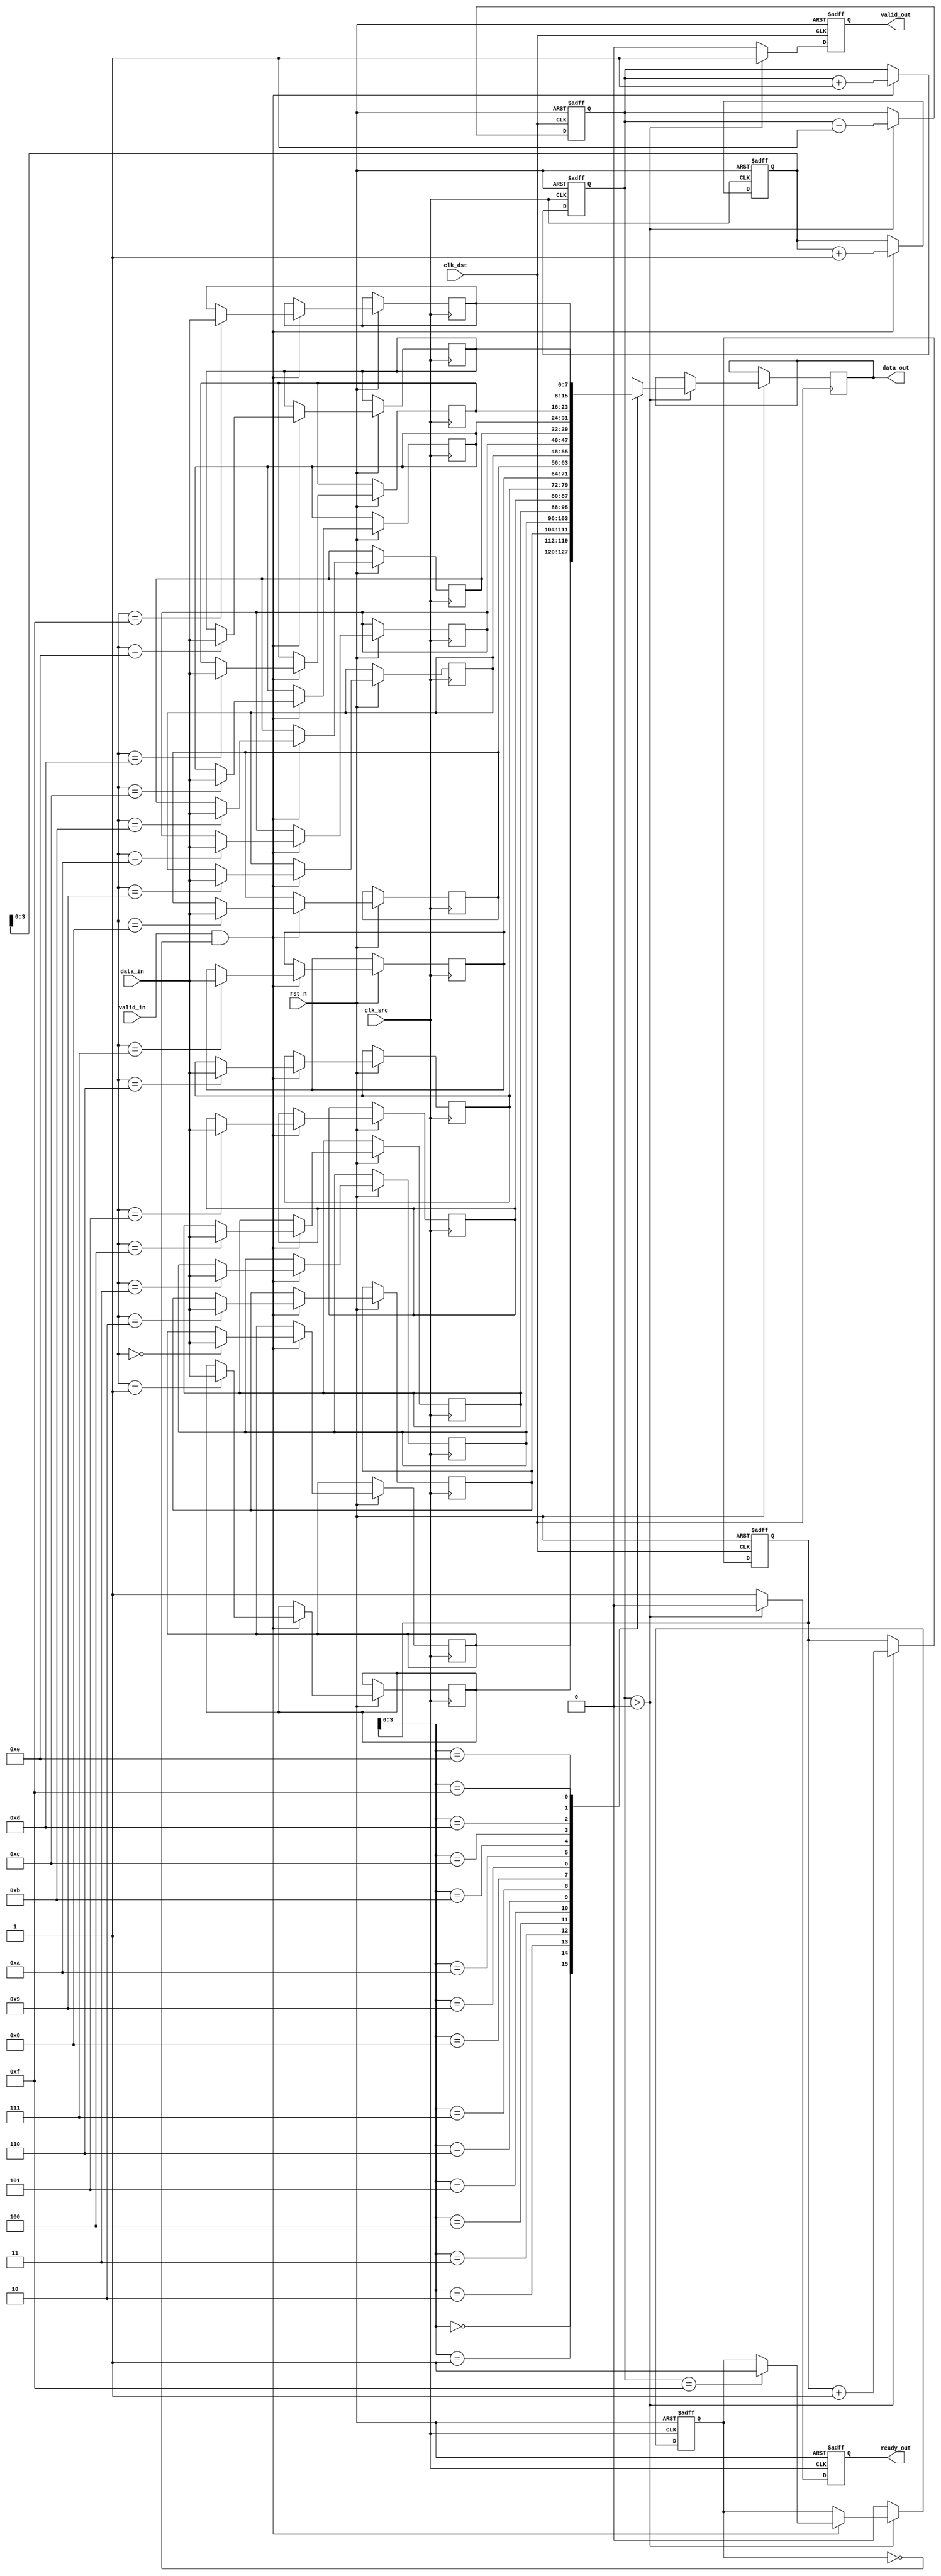
module burst_mode_synchronizer #(
    parameter DATA_WIDTH = 8,
    parameter FIFO_DEPTH = 16
)(
    input wire clk_src,                // Source clock (faster)
    input wire clk_dst,                // Destination clock (slower)
    input wire rst_n,                  // Asynchronous reset (active low)
    input wire [DATA_WIDTH-1:0] data_in,  // Data input from source clock domain
    input wire valid_in,               // Data valid signal from source clock domain
    output reg [DATA_WIDTH-1:0] data_out, // Data output to destination clock domain
    output reg valid_out,              // Data valid signal for destination clock domain
    output reg ready_out               // Ready signal for source clock domain
);

    // FIFO Buffer
    reg [DATA_WIDTH-1:0] fifo [0:FIFO_DEPTH-1];
    reg [4:0] write_ptr;               // Write pointer
    reg [4:0] read_ptr;                // Read pointer
    reg [4:0] fifo_count;              // Number of items in FIFO

    // Handshaking signals
    reg data_ready;                    // Data ready signal for destination clock domain
    reg fifo_full;                     // FIFO full flag
    reg fifo_empty;                    // FIFO empty flag

    // Asynchronous reset and FIFO management in source clock domain
    always @(posedge clk_src or negedge rst_n) begin
        if (!rst_n) begin
            write_ptr <= 0;
            fifo_count <= 0;
            ready_out <= 1; // Initially ready to accept data
            fifo_full <= 0;
        end else begin
            if (valid_in && !fifo_full) begin
                fifo[write_ptr] <= data_in; // Write data to FIFO
                write_ptr <= write_ptr + 1;
                fifo_count <= fifo_count + 1;
                if (fifo_count == FIFO_DEPTH - 1) begin
                    fifo_full <= 1; // FIFO is full
                end
            end
            if (fifo_count > 0) begin
                ready_out <= 0; // Not ready if FIFO has data
            end else begin
                ready_out <= 1; // Ready if FIFO is empty
                fifo_full <= 0; // Reset full flag
            end
        end
    end

    // Synchronization logic in destination clock domain
    always @(posedge clk_dst or negedge rst_n) begin
        if (!rst_n) begin
            read_ptr <= 0;
            fifo_count <= 0;
            valid_out <= 0;
            data_ready <= 0;
        end else begin
            if (fifo_count > 0) begin
                data_out <= fifo[read_ptr]; // Read data from FIFO
                valid_out <= 1; // Indicate valid data
                read_ptr <= read_ptr + 1;
                fifo_count <= fifo_count - 1;
                data_ready <= 1; // Data is ready to be read
            end else begin
                valid_out <= 0; // No valid data
                data_ready <= 0; // No data ready
            end
        end
    end

    // Error detection (simple parity check)
    wire parity_error;
    assign parity_error = ^data_out; // Simple parity bit for error detection

endmodule